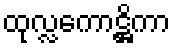
ထုလ္လကောဋ္ဌိကာ